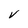
Character: V